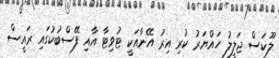
ލޫކަސް ޖަލީލު ހައްޔަރު ކުރި އިރު އޭނާއަކީ ޓުވިޓާ އާއި ފޭސްބުކުގައި ރައީސް